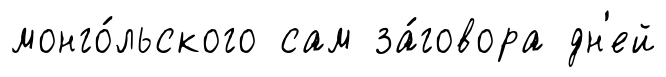
монго́льского сам за́говора дн'ей